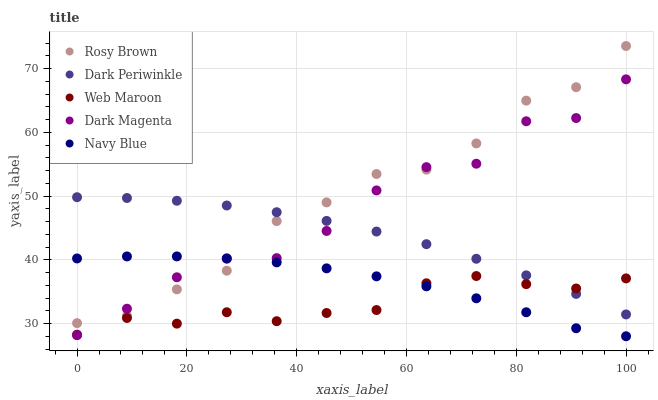
| xaxis_label | Rosy Brown | Dark Periwinkle | Web Maroon | Dark Magenta | Navy Blue |
 | --- | --- | --- | --- | --- | --- |
 | 0 | 30.1 | 49.8 | 28.2 | 28.2 | 40.2 |
 | 9.09 | 31.2 | 49.7 | 30.9 | 32.3 | 40.5 |
 | 18.2 | 35.4 | 49.3 | 30 | 37.3 | 40.5 |
 | 27.3 | 38.3 | 48.5 | 31.8 | 40.2 | 40.2 |
 | 36.4 | 46.1 | 47.5 | 30.4 | 40.3 | 39.6 |
 | 45.5 | 49 | 46.1 | 31.6 | 44.5 | 38.7 |
 | 54.5 | 53.5 | 44.4 | 32.1 | 50.9 | 37.4 |
 | 63.6 | 54.1 | 42.4 | 36.3 | 54.5 | 35.8 |
 | 72.7 | 58.2 | 40.2 | 37.4 | 55.1 | 34 |
 | 81.8 | 65 | 37.6 | 36.2 | 61.7 | 31.8 |
 | 90.9 | 67.1 | 34.6 | 35.5 | 62.2 | 29.3 |
 | 100 | 73.5 | 31.4 | 37.1 | 68.3 | 28 |